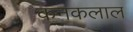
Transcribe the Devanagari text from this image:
कनकलाल